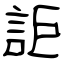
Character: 詎